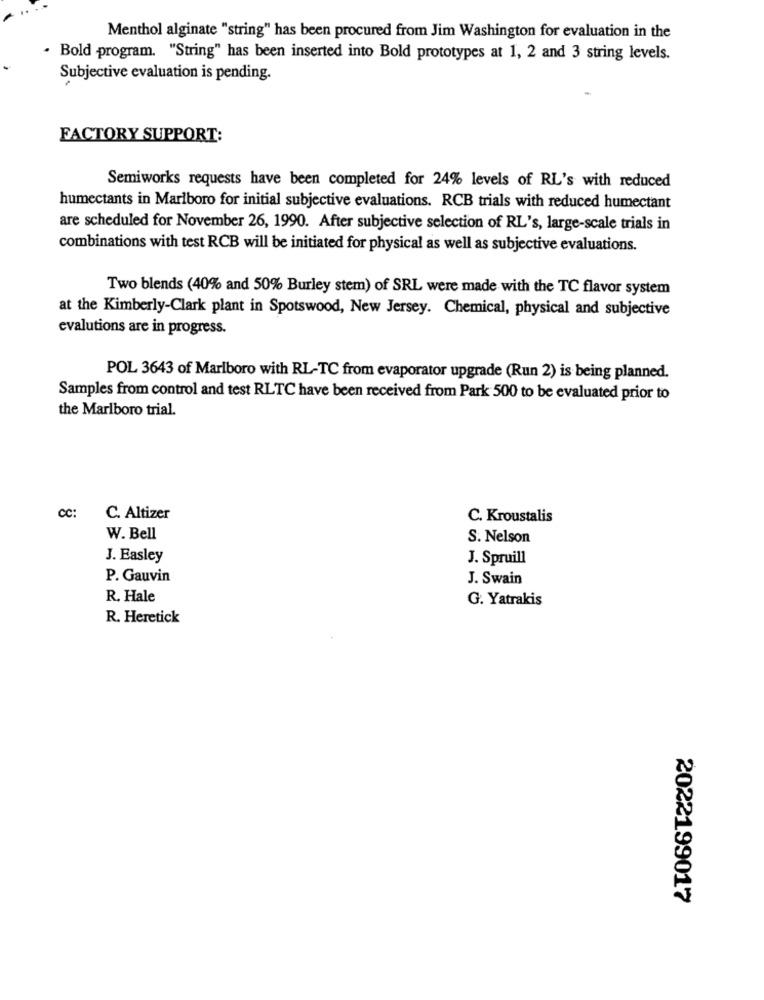
Menthol alginate "string" has been procured from Jim Washington for evaluation in the
· Bold program. "String" has been inserted into Bold prototypes at 1, 2 and 3 string levels.
Subjective evaluation is pending.
FACTORY SUPPORT:
Semiworks requests have been completed for 24% levels of RL's with reduced
humectants in Marlboro for initial subjective evaluations. RCB trials with reduced humectant
are scheduled for November 26, 1990. After subjective selection of RL's, large-scale trials in
combinations with test RCB will be initiated for physical as well as subjective evaluations.
Two blends (40% and 50% Burley stem) of SRL were made with the TC flavor system
at the Kimberly-Clark plant in Spotswood, New Jersey. Chemical, physical and subjective
evalutions are in progress.
POL 3643 of Marlboro with RL-TC from evaporator upgrade (Run 2) is being planned.
Samples from control and test RLTC have been received from Park 500 to be evaluated prior to
the Marlboro trial.
CC:
C. Altizer
C. Kroustalis
W. Bell
S. Nelson
J. Easley
J. Spruill
P. Gauvin
J. Swain
R. Hale
G. Yatrakis
R. Heretick
2022199017